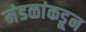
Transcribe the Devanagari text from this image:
मंडळांकडून